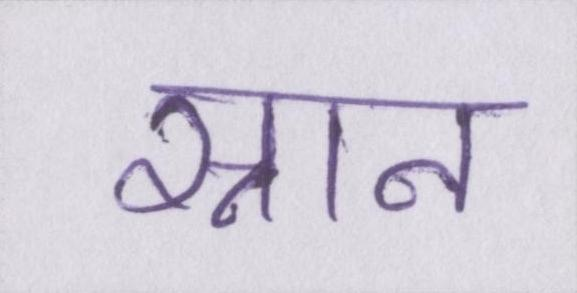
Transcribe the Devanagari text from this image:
स्नान